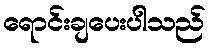
ရောင်းချပေးပါသည်